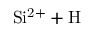
\mathrm { S i ^ { 2 + } + H }